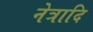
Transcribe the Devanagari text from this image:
नेत्रादि